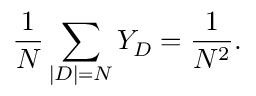
\frac { 1 } { N } \sum _ { | D | = N } Y _ { D } = \frac { 1 } { N ^ { 2 } } .